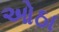
ઓઠા